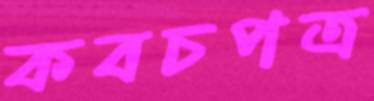
কবচপত্র